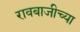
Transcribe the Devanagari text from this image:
रावबाजीच्या